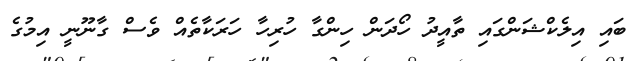
ބައި އިލެކްޝަންގައި ތާއީދު ހޯދަން ހިންގާ ހުރިހާ ހަރަކާތެއް ވެސް ގާނޫނީ އިމުގެ